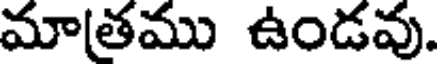
మాతము ఉండవు.